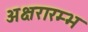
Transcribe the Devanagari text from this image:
अक्षरारम्भ